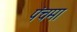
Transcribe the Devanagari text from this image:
पंचमा